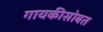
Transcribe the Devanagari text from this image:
गायकीसोबत